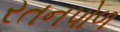
રતનપોળ